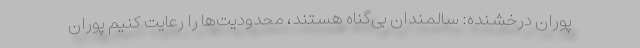
پوران درخشنده: سالمندان بی‌گناه هستند، محدودیت‌ها را رعایت کنیم پوران